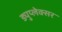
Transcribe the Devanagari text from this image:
ड्युप्लेक्सर